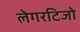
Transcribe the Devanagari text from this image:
लेगरटिजो